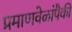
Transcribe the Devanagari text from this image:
प्रमाणवेळांपैकी